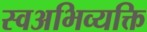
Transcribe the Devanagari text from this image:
स्वअभिव्यक्ति